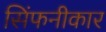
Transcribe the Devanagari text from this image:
सिंफनीकार